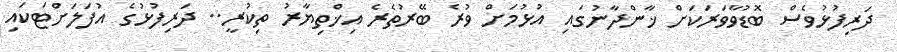
ދަރިފުޅުވެސް ބޮޑުވާވަރަކަށް ޚާންދާނުގައި އުޅުމަށް ވުރެ ބޭރުތެރެ އިޚްތިޔާރު ތިކުރީ.. ދަރިފުޅުގެ އުފަލަށްޓަކައި